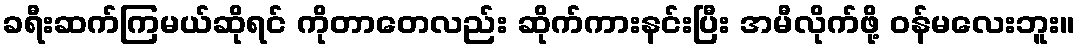
ခရီးဆက်ကြမယ်ဆိုရင် ကိုတာတေလည်း ဆိုက်ကားနင်းပြီး အမီလိုက်ဖို့ ဝန်မလေးဘူး။